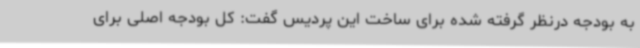
به بودجه درنظر گرفته شده برای ساخت این پردیس گفت: کل بودجه اصلی برای